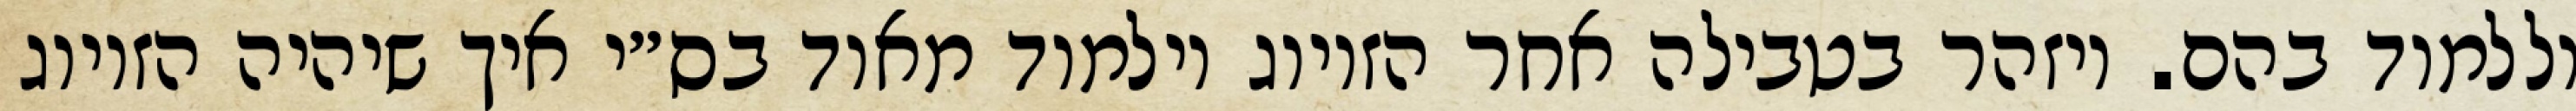
וללמוד בהם. ויזהר בטבילה אחר הזיווג וילמוד מאוד בס״י איך שיהיה הזיווג